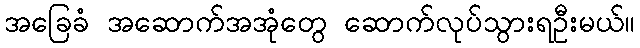
အခြေခံ အဆောက်အအုံတွေ ဆောက်လုပ်သွားရဦးမယ်။